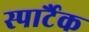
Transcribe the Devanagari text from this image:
स्पार्टैक